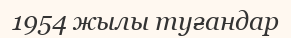
1954 жылы туғандар